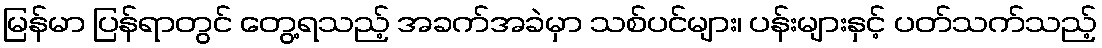
မြန်မာ ပြန်ရာတွင် တွေ့ရသည့် အခက်အခဲမှာ သစ်ပင်များ၊ ပန်းများနှင့် ပတ်သက်သည့်